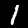
Label: 1